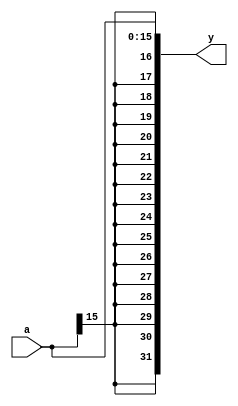
module sign_ext #(parameter IN_WIDTH = 16, OUT_WIDTH = 32) (
    input       [IN_WIDTH-1:0] a,
    output      [OUT_WIDTH-1:0] y
);

assign y = { {OUT_WIDTH-IN_WIDTH { a[IN_WIDTH-1] }}, a };

endmodule